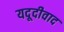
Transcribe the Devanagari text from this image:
यदूदीवाद